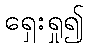
ရှေးရှု၍